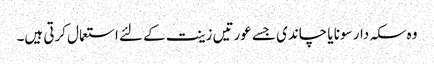
وہ سکہ دار سونا یا چاندی جسے عورتیں زینت کے لئے استعمال کرتی ہیں۔